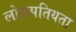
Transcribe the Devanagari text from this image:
लोकपतियता